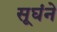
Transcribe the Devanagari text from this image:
सूघंने